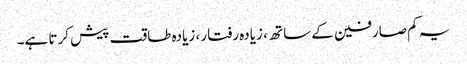
یہ کم صارفین کے ساتھ ، زیادہ رفتار ، زیادہ طاقت پیش کرتا ہے۔